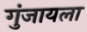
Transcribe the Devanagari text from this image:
गुंजायला